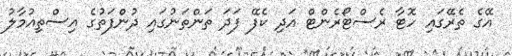
އޭގެ ތެރޭގައި ހޮޓާ ރެސްޓޯރެންޓް އަދި ކެފޭ ފަދަ ތަންތަނުގައި ދުންފަތުގެ އިސްތިއުމާލު